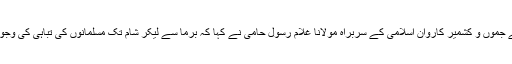
ایک روزہ سیرت النبی (ص) کانفرنس سے خطاب کرتے ہوئے جموں و کشمیر کاروان اسلامی کے سربراہ مولانا غلام رسول حامی نے کہا کہ برما سے لیکر شام تک مسلمانوں کی تباہی کی وجوہات قرآن اور رسول اللہ (ص) کی سیرت پاک سے دوری ہے۔